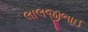
લાલજીભાઈ